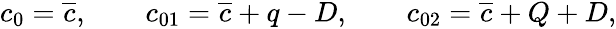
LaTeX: \begin{array}{ccc}{\displaystyle{c_{0}=\overline{{c}},\qquad c_{01}=\overline{{c}}+q-D,\qquad c_{02}=\overline{{c}}+Q+D,}}\end{array}